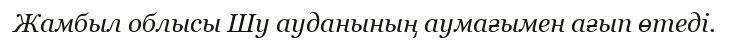
Жамбыл облысы Шу ауданының аумағымен ағып өтеді.